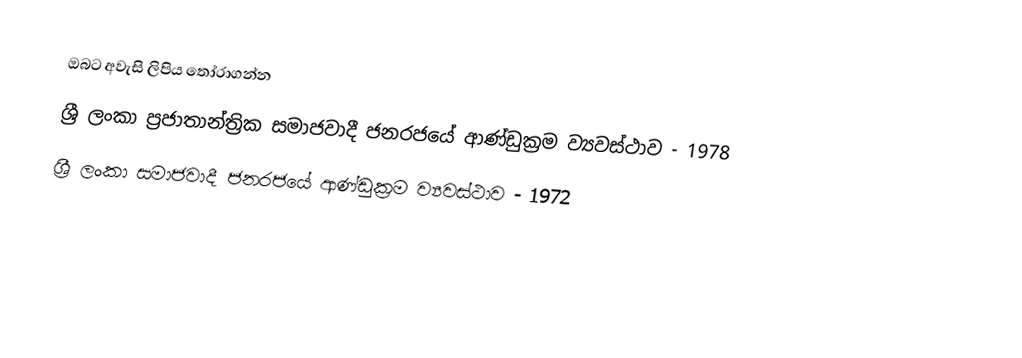
ඔබට අවැසි ලිපිය තෝරාගන්න
 ශ්‍රී ලංකා ප්‍රජාතාන්ත්‍රික සමාජවාදී ජනරජයේ ආණ්ඩුක්‍රම ව්‍යවස්ථාව - 1978
 ශ්‍රී ලංකා සමාජවාදී ජනරජයේ ආණ්ඩුක්‍රම ව්‍යවස්ථාව - 1972